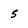
Character: 5